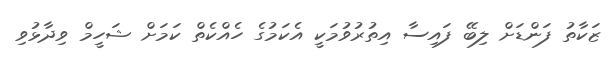
ޒަކާތު ފަންޑަށް ލިބޭ ފައިސާ އިތުރުވުމަކީ އެކަމުގެ ހެއްކެތް ކަމަށް ޝަހީމް ވިދާޅުވި